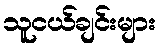
သူငယ်ချင်းများ